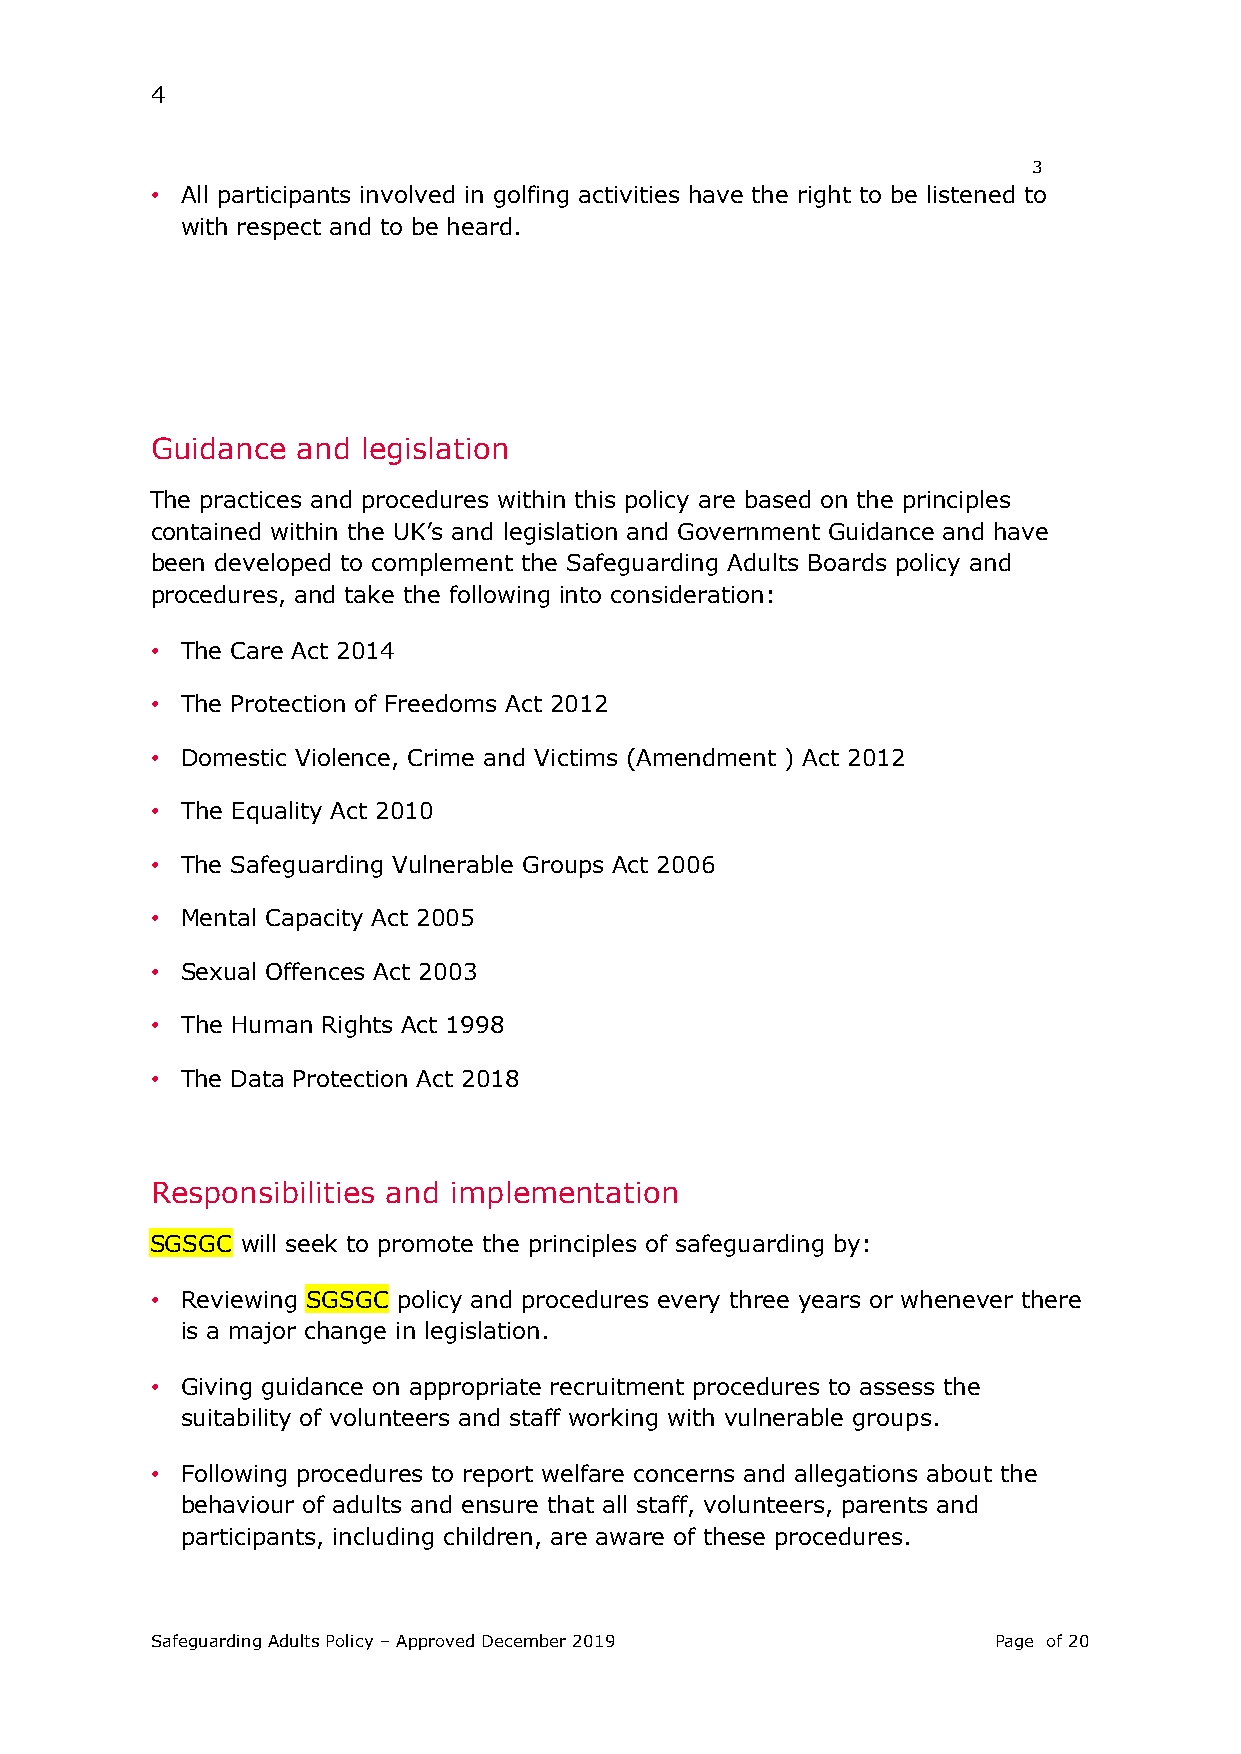
4
 3
 • All participants involved in golfing activities have the right to be listened to
 with respect and to be heard.
 Guidance  and legislation
 The practices and procedures within this policy are based on the principles
 contained within the UK’s and legislation and Government Guidance and have
 been developed to complement the Safeguarding Adults Boards policy and
 procedures, and take the following into consideration:
 • The Care Act 2014
 • The Protection of Freedoms Act 2012
 • Domestic Violence, Crime and Victims (Amendment ) Act 2012
 • The Equality Act 2010
 • The Safeguarding Vulnerable Groups Act 2006
 • Mental Capacity Act 2005
 • Sexual Offences Act 2003
 • The Human Rights Act 1998
 • The Data Protection Act 2018
 Responsibilities and implementation
 SGSGC will seek to promote the principles of safeguarding by:
 • Reviewing SGSGC policy and procedures every three years or whenever there
 is a major change in legislation.
 • Giving guidance on appropriate recruitment procedures to assess the
 suitability of volunteers and staff working with vulnerable groups.
 • Following procedures to report welfare concerns and allegations about the
 behaviour of adults and ensure that all staff, volunteers, parents and
 participants, including children, are aware of these procedures.
 Safeguarding Adults Policy – Approved December 2019     Page of 20